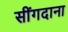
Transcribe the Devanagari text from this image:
सींगदाना